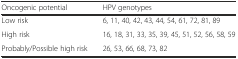
<table><thead><tr><td><b>Oncogenic potential</b></td><td><b>HPV genotypes</b></td></tr></thead><tbody><tr><td>Low risk</td><td>6, 11, 40, 42, 43, 44, 54, 61, 72, 81, 89</td></tr><tr><td>High risk</td><td>16, 18, 31, 33, 35, 39, 45, 51, 52, 56, 58, 59</td></tr><tr><td>Probably/Possible high risk</td><td>26, 53, 66, 68, 73, 82</td></tr></tbody></table>